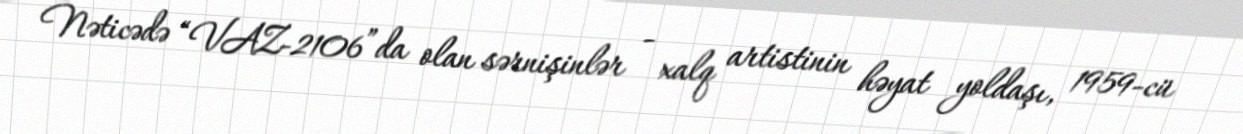
Nəticədə “VAZ-2106”da olan sərnişinlər - xalq artistinin həyat yoldaşı, 1959-cü